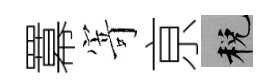
羃𭔃亰税